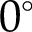
0 ^ { \circ }